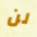
لن